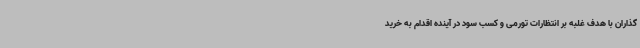
گذاران با هدف غلبه بر انتظارات تورمی و کسب سود در آینده اقدام به خرید